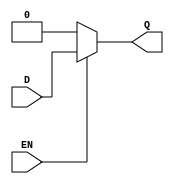
`timescale 1ns / 1ps
module d_latch (
  input D,    
  input EN,   
  output Q    
);

  assign Q = (EN) ? D : 1'b0; 
endmodule